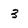
Character: 3